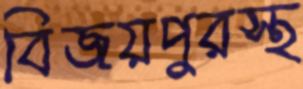
বিজয়পুরস্থ